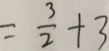
= \frac { 3 } { 2 } + 3